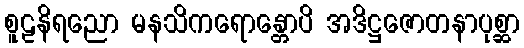
စူဠနိရညော မနသိကရောန္တောပိ အဒိဋ္ဌဇောတနာပုစ္ဆာ